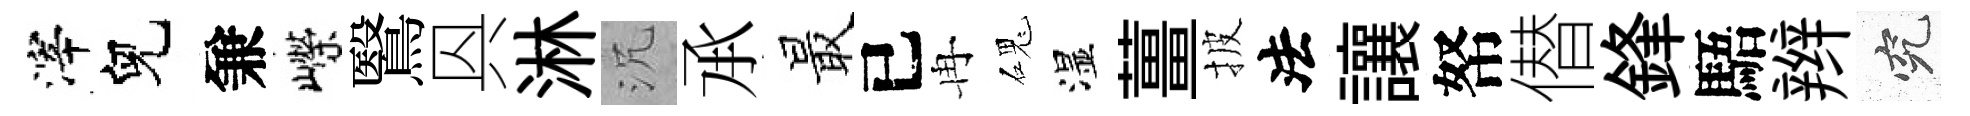
滓兒兼嶸鷖㒷淋沉𠄘最已冉磈湿薑披法讓帑僣鋒䮏辫究